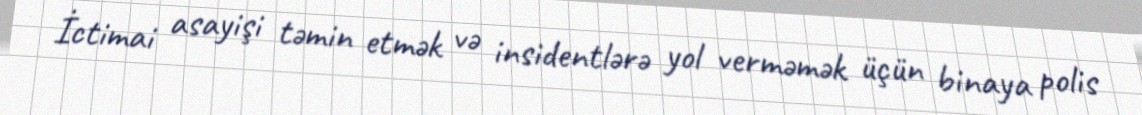
İctimai asayişi təmin etmək və insidentlərə yol verməmək üçün binaya polis